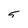
Character: 5